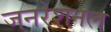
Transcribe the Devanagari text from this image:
जनरेशनल